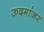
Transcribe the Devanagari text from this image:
ऊदमांजर